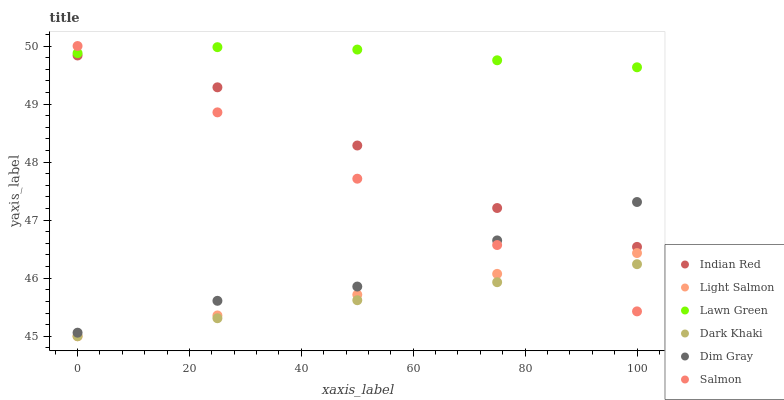
| xaxis_label | Indian Red | Light Salmon | Lawn Green | Dark Khaki | Dim Gray | Salmon |
 | --- | --- | --- | --- | --- | --- | --- |
 | 0 | 49.8 | 45 | 49.9 | 45 | 45.1 | 50 |
 | 25 | 49.3 | 45.4 | 50 | 45.3 | 45.6 | 48.9 |
 | 50 | 48.3 | 45.7 | 49.9 | 45.6 | 45.9 | 47.7 |
 | 75 | 47.2 | 46.1 | 49.8 | 45.9 | 46.7 | 46.6 |
 | 100 | 46.5 | 46.4 | 49.6 | 46.2 | 47.3 | 45.4 |